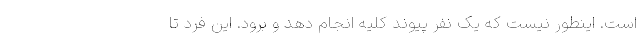
است. اینطور نیست که یک نفر پیوند کلیه انجام دهد و برود. این فرد تا